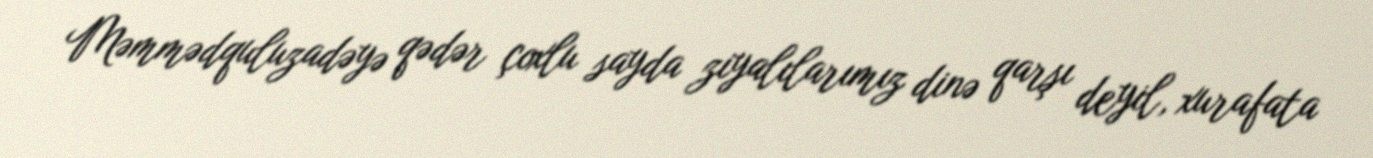
Məmmədquluzadəyə qədər çoxlu sayda ziyalılarımız dinə qarşı deyil, xurafata